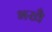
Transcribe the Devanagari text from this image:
भखै